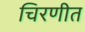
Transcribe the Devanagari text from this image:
चिरणीत